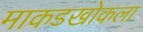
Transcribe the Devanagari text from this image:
माकडखोकला